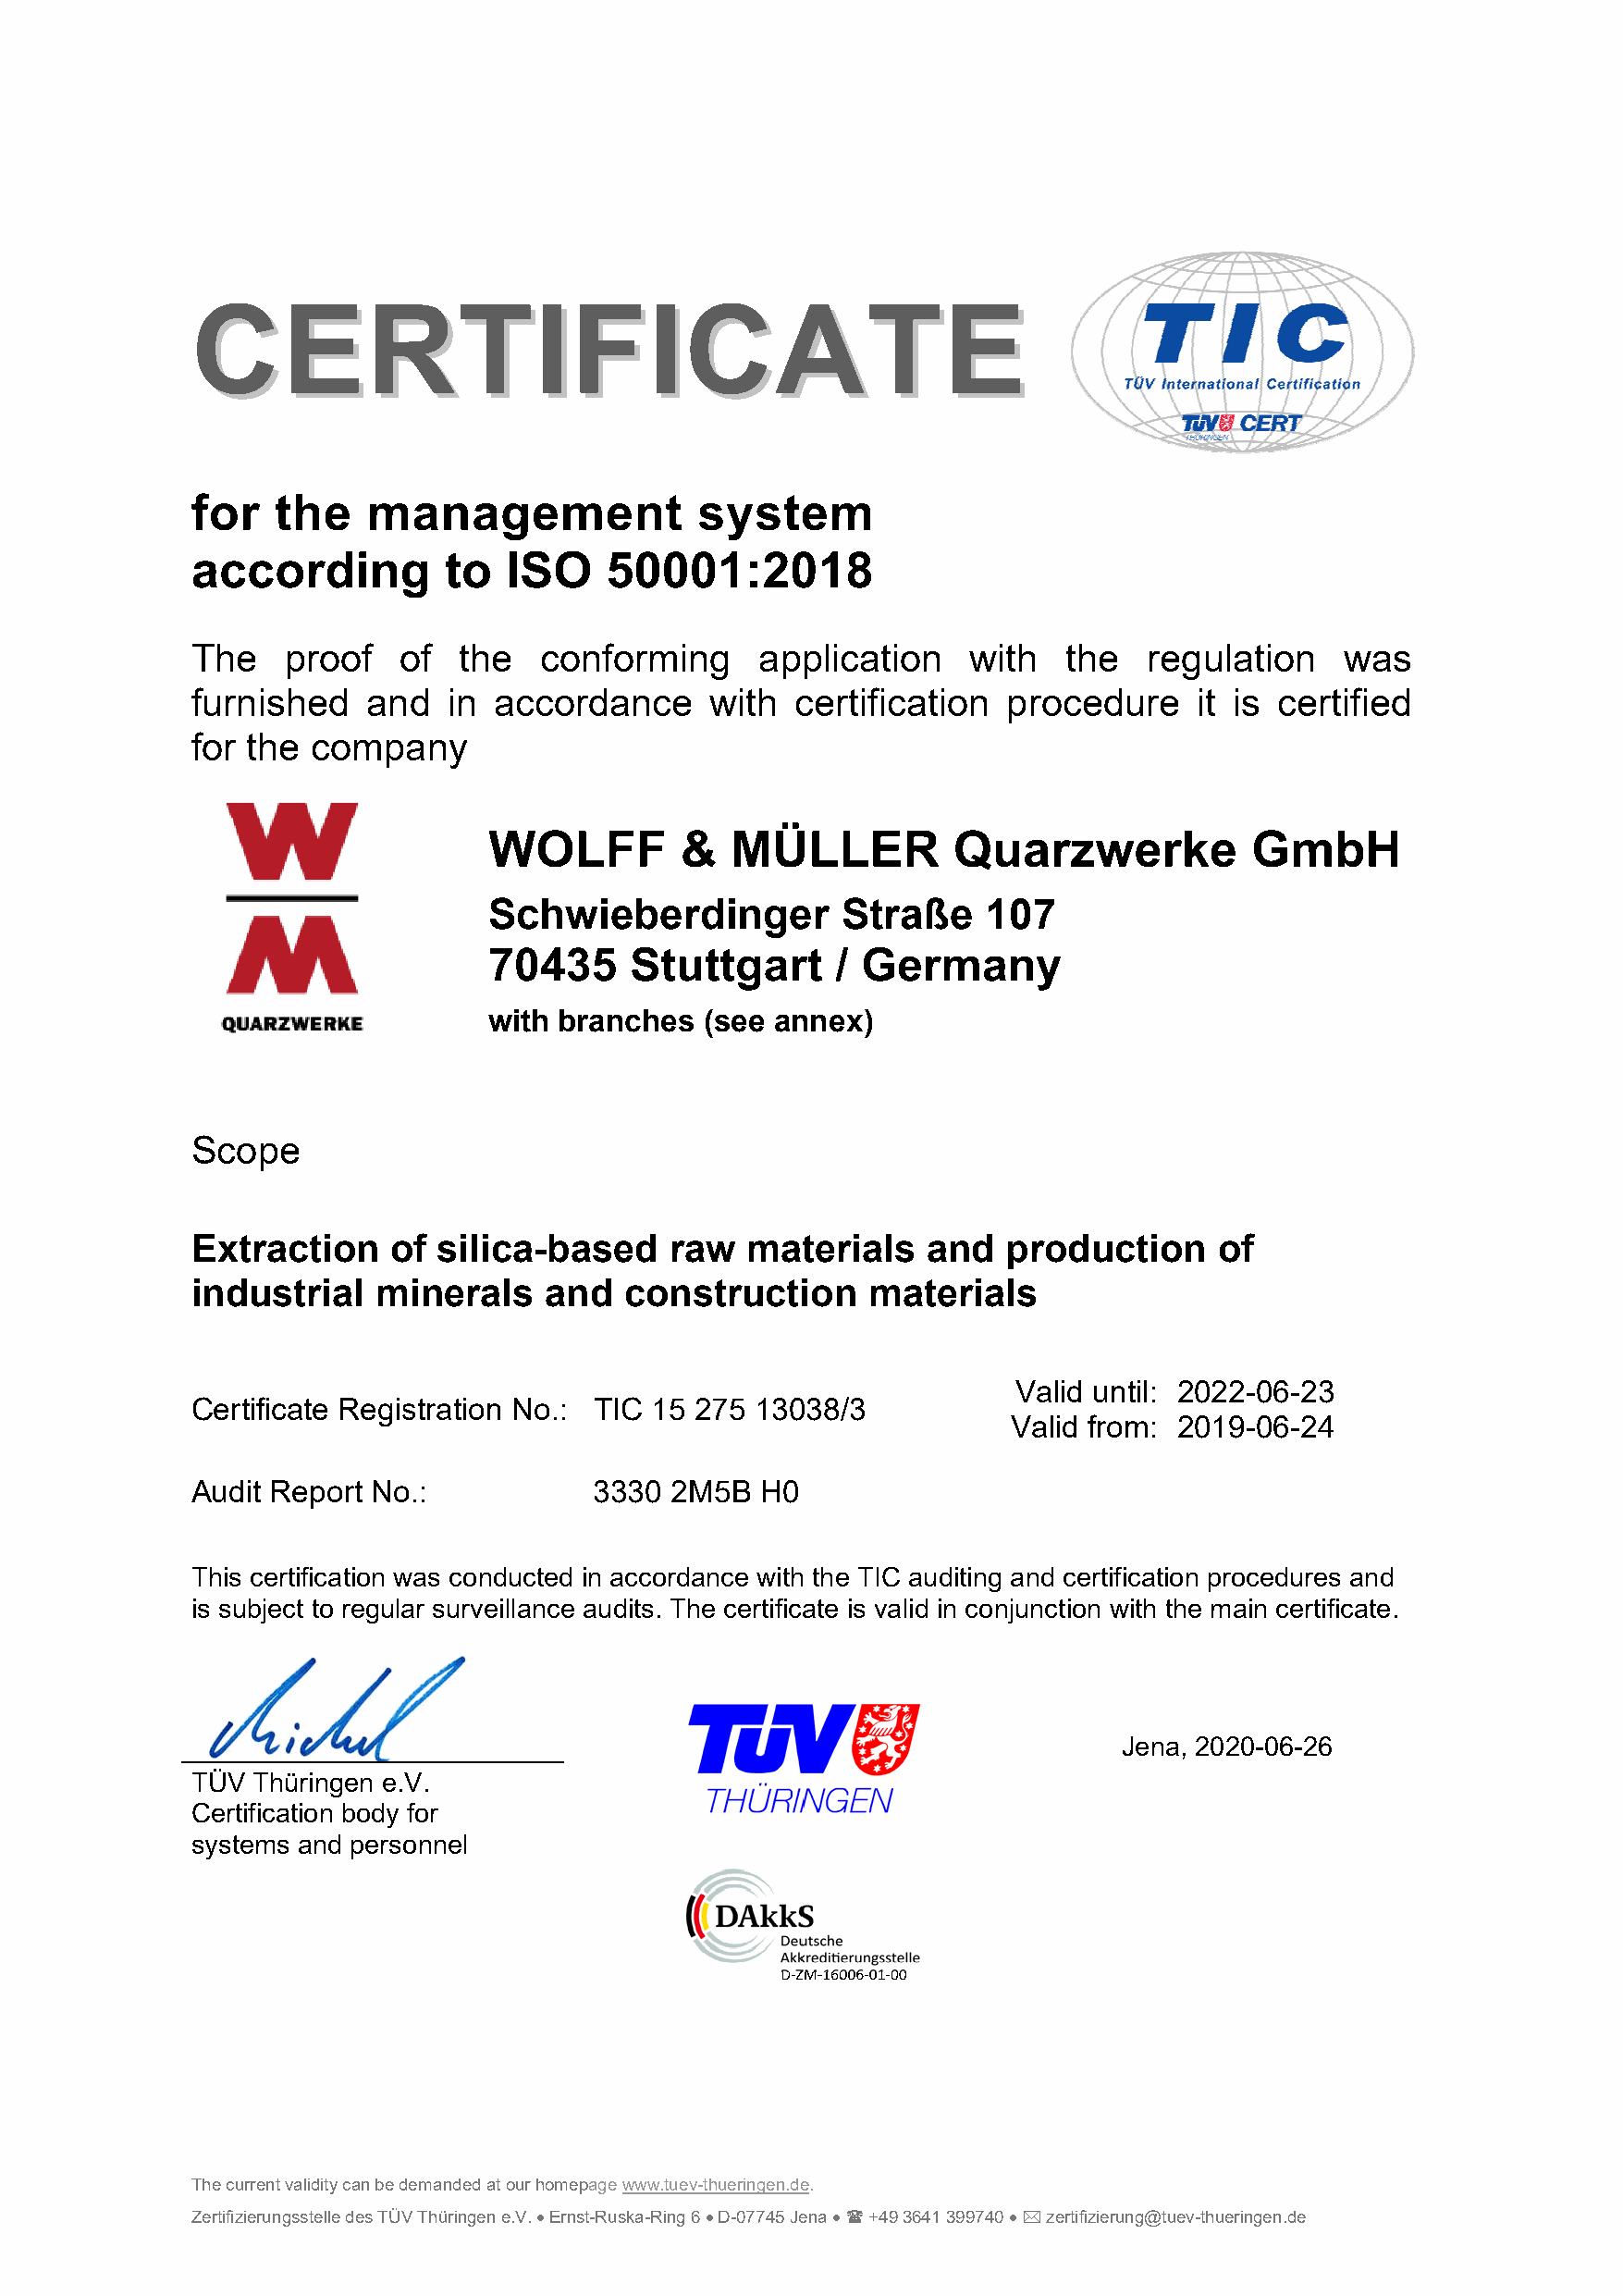
CCEERRTTIIFFIICCAATTEE
 for   the   management              system
 according         to  ISO    50001:2018
 The   proof    of  the   conforming     application    with   the   regulation    was
 furnished   and   in accordance      with  certification  procedure     it is certified
 for the company
 WOLFF         &  MÜLLER          Quarzwerke            GmbH
 Schwieberdinger          Straße     107
 70435     Stuttgart      / Germany
 with branches  (see annex)
 Scope
 Extraction    of silica-based     raw  materials    and   production     of
 industrial   minerals    and   construction     materials
 Valid until: 2022-06-23
 Certificate Registration No.: TIC 15 275 13038/3
 Valid from: 2019-06-24
 Audit Report No.:            3330 2M5B  H0
 This certification was conducted in accordance with the TIC auditing and certification procedures and
 is subject to regular surveillance audits. The certificate is valid in conjunction with the main certificate.
 Jena, 2020-06-26
 TÜV Thüringen e.V.
 Certification body for
 systems and personnel
 The current validity can be demanded at our homepage www.tuev-thueringen.de.
 Zertifizierungsstelle des TÜV Thüringen e.V.  Ernst-Ruska-Ring 6  D-07745 Jena   +49 3641 399740   zertifizierung@tuev-thueringen.de